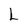
Character: L